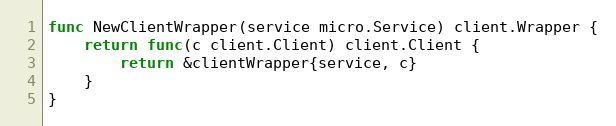
Language: Go
func NewClientWrapper(service micro.Service) client.Wrapper {
	return func(c client.Client) client.Client {
		return &clientWrapper{service, c}
	}
}